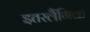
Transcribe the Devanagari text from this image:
इतरलैंगिक